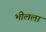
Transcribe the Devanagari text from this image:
भीलला